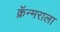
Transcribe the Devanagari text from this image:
क्रॅन्मराला